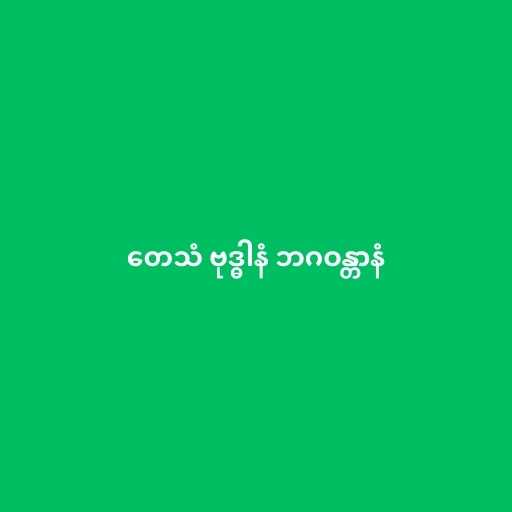
တေသံ ဗုဒ္ဓါနံ ဘဂဝန္တာနံ